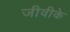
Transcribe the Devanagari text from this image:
जीवीके